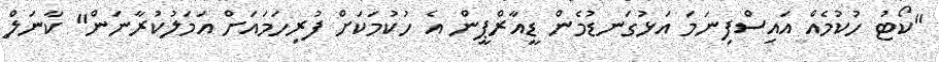
"ކޯޓު ހުކުމެއް އައިސްފިނަމަ އަޅުގަނޑުމެން ޑީއާރްޕީން އެ ހުކުމަކަށް ފުރިހަމައަށް އަމަލުކުރާނަން" ކާނަލް